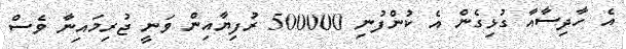
އެ ހާދިސާއާ ގުޅިގެން އެ ކުންފުނި 500000 ރުފިޔާއިން ވަނީ ޖުރިމައިނާ ވެސް